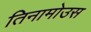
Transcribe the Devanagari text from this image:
तिनामोउस